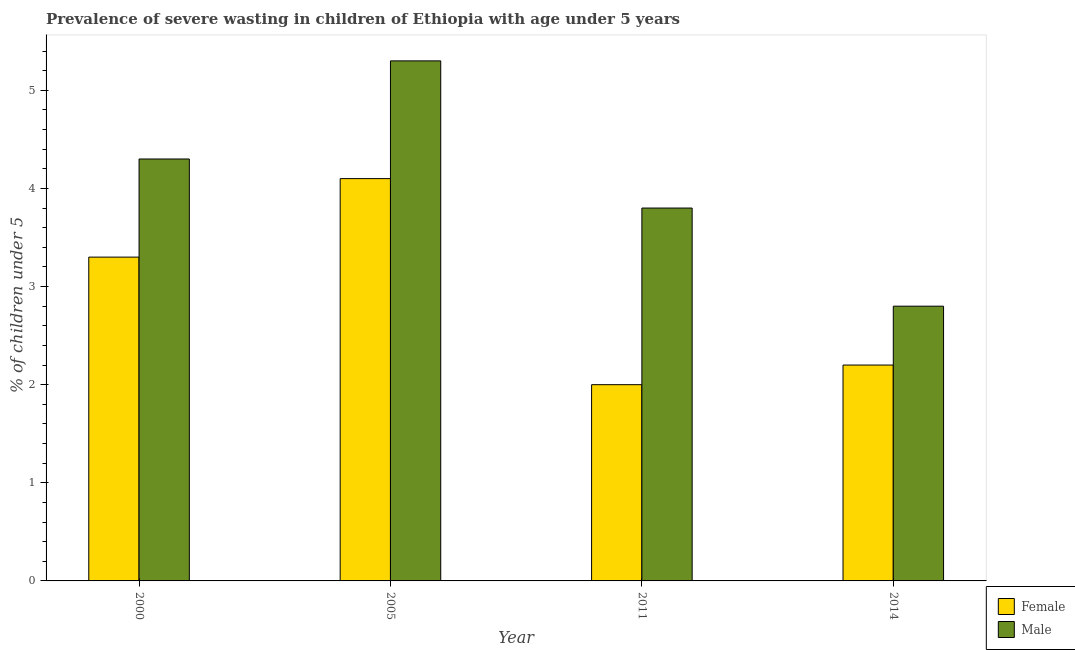
| Year | Female | Male |
 | --- | --- | --- |
 | 2000 | 3.3 | 4.3 |
 | 2005 | 4.1 | 5.3 |
 | 2011 | 2 | 3.8 |
 | 2014 | 2.2 | 2.8 |